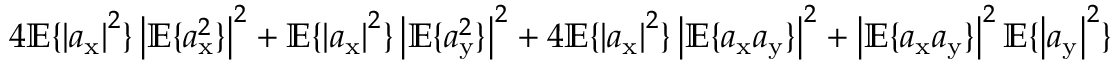
4 \mathbb { E } \{ \left| a _ { \mathrm { x } } \right| ^ { 2 } \} \left| \mathbb { E } \{ a _ { \mathrm { x } } ^ { 2 } \} \right| ^ { 2 } + \mathbb { E } \{ \left| a _ { \mathrm { x } } \right| ^ { 2 } \} \left| \mathbb { E } \{ a _ { \mathrm { y } } ^ { 2 } \} \right| ^ { 2 } + 4 \mathbb { E } \{ \left| a _ { \mathrm { x } } \right| ^ { 2 } \} \left| \mathbb { E } \{ a _ { \mathrm { x } } a _ { \mathrm { y } } \} \right| ^ { 2 } + \left| \mathbb { E } \{ a _ { \mathrm { x } } a _ { \mathrm { y } } \} \right| ^ { 2 } \mathbb { E } \{ \left| a _ { \mathrm { y } } \right| ^ { 2 } \}